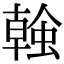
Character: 螒